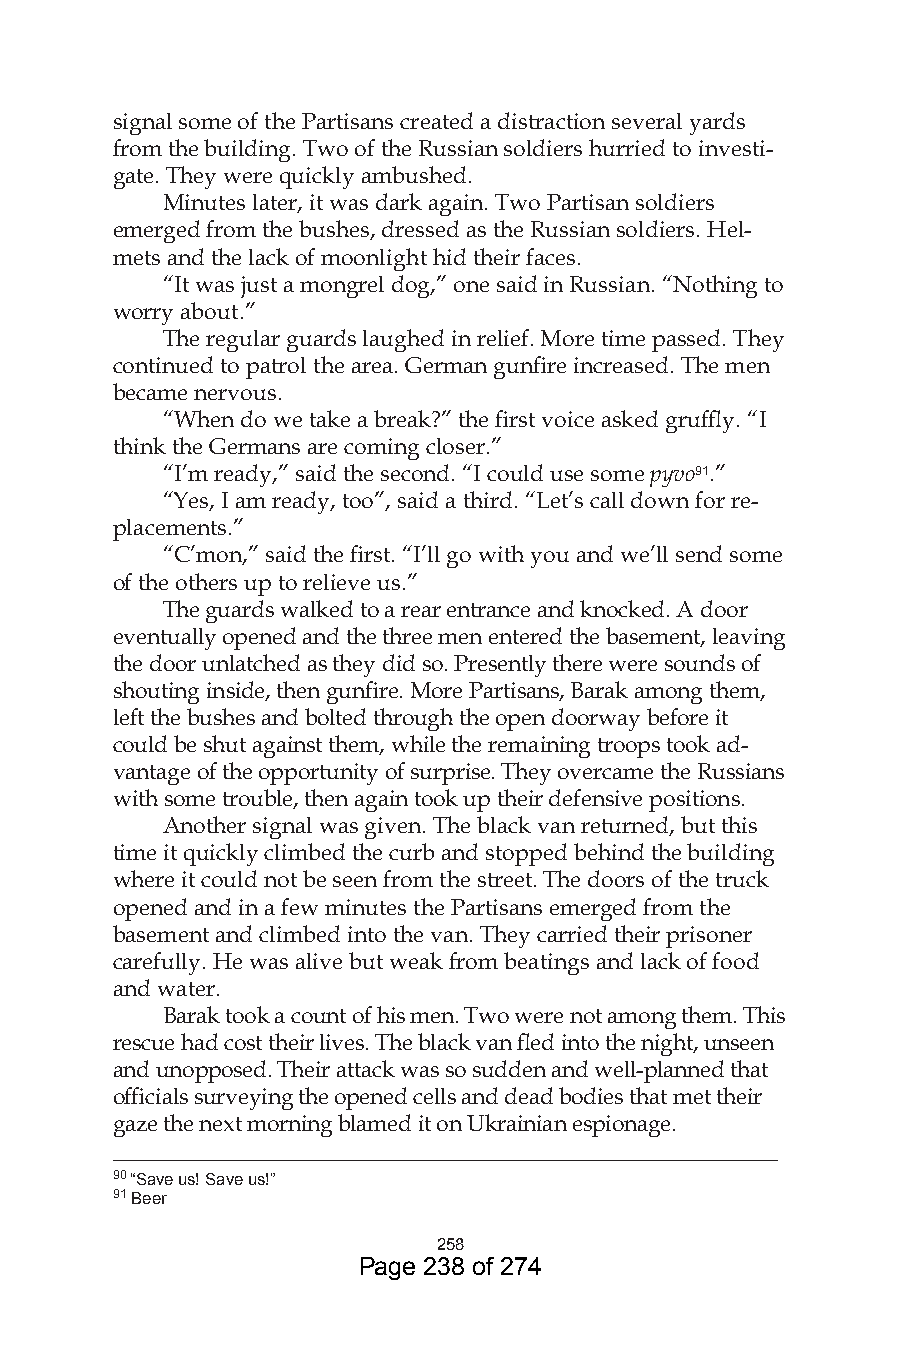
signal some of the Partisans created a distraction several yards
 from the building. Two of the Russian soldiers hurried to investi-
 gate. They were quickly ambushed.
 Minutes later, it was dark again. Two Partisan soldiers
 emerged from the bushes, dressed as the Russian soldiers. Hel-
 mets and the lack of moonlight hid their faces.
 “It was just a mongrel dog,” one said in Russian. “Nothing to
 worry about.”
 The regular guards laughed in relief. More time passed. They
 continued to patrol the area. German gunfire increased. The men
 became nervous.
 “When do we take a break?” the first voice asked gruffly. “I
 think the Germans are coming closer.”
 “I’m ready,” said the second. “I could use some pyvo9.”
 “Yes, I am ready, too”, said a third. “Let’s call down for re-
 placements.”
 “C’mon,” said the first. “I’ll go with you and we’ll send some
 of the others up to relieve us.”
 The guards walked to a rear entrance and knocked. A door
 eventually opened and the three men entered the basement, leaving
 the door unlatched as they did so. Presently there were sounds of
 shouting inside, then gunfire. More Partisans, Barak among them,
 left the bushes and bolted through the open doorway before it
 could be shut against them, while the remaining troops took ad-
 vantage of the opportunity of surprise. They overcame the Russians
 with some trouble, then again took up their defensive positions.
 Another signal was given. The black van returned, but this
 time it quickly climbed the curb and stopped behind the building
 where it could not be seen from the street. The doors of the truck
 opened and in a few minutes the Partisans emerged from the
 basement and climbed into the van. They carried their prisoner
 carefully. He was alive but weak from beatings and lack of food
 and water.
 Barak took a count of his men. Two were not among them. This
 rescue had cost their lives. The black van fled into the night, unseen
 and unopposed. Their attack was so sudden and well-planned that
 officials surveying the opened cells and dead bodies that met their
 gaze the next morning blamed it on Ukrainian espionage.
 __________________________________________________________
 90 “Save us! Save us!”
 9 Beer
 58
 Page 238 of 274